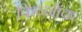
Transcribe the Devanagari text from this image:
किन्नॉक